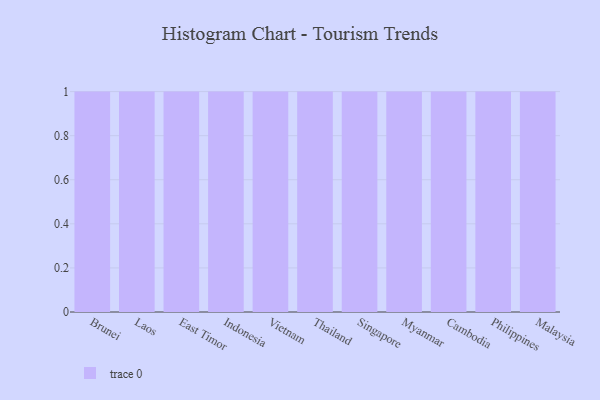
{"axis": {"x": "Country", "y": "Page Views"}, "legend": [""], "data": [{"x": "Brunei", "y": 79, "type": ""}, {"x": "Laos", "y": 51, "type": ""}, {"x": "East Timor", "y": 52, "type": ""}, {"x": "Indonesia", "y": 8, "type": ""}, {"x": "Vietnam", "y": 34, "type": ""}, {"x": "Thailand", "y": 61, "type": ""}, {"x": "Singapore", "y": 43, "type": ""}, {"x": "Myanmar", "y": 16, "type": ""}, {"x": "Cambodia", "y": 4, "type": ""}, {"x": "Philippines", "y": 14, "type": ""}, {"x": "Malaysia", "y": 84, "type": ""}]}